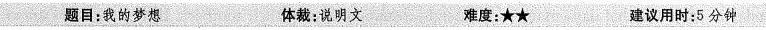
题目:我的梦想 体裁:说明文 难度:^{★}^{★} 建议用时:5分钟